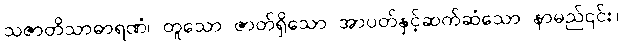
သဇာတိသာဓာရဏံ၊ တူသော ဇာတ်ရှိသော အာပတ်နှင့်ဆက်ဆံသော နာမည်၎င်း။